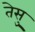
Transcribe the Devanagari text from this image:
तेसु